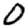
Digit: 0